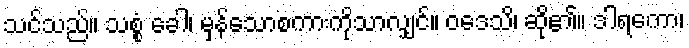
သင်သည်။ သစ္စံ ခေါ၊ မှန်သောစကားကိုသာလျှင်။ ဝဒေသိ၊ ဆို၏။ ဒါရကော၊